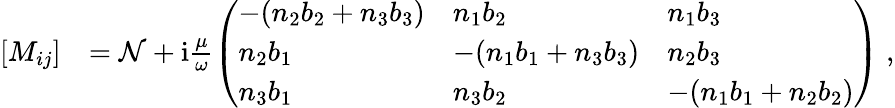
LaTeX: \begin{array}{rl}{[M_{ij}]}&{=\mathcal{N}+\mathrm{i}\frac{\mu}{\omega}\left(\begin{array}{lll}{-(n_{2}b_{2}+n_{3}b_{3})}&{n_{1}b_{2}}&{n_{1}b_{3}}\\ {n_{2}b_{1}}&{-(n_{1}b_{1}+n_{3}b_{3})}&{n_{2}b_{3}}\\ {n_{3}b_{1}}&{n_{3}b_{2}}&{-(n_{1}b_{1}+n_{2}b_{2})}\end{array}\right)\; ,}\end{array}